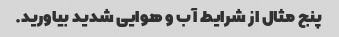
پنج مثال از شرایط آب و هوایی شدید بیاورید.